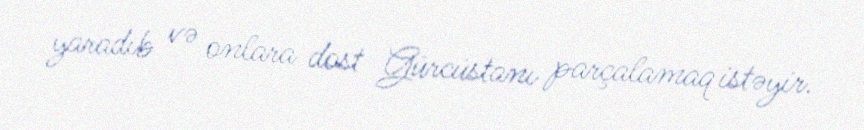
yaradıb və onlara dost Gürcüstanı parçalamaq istəyir.